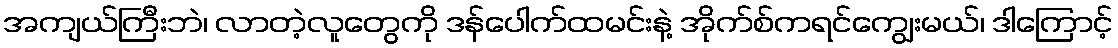
အကျယ်ကြီးဘဲ၊ လာတဲ့လူတွေကို ဒန်ပေါက်ထမင်းနဲ့ အိုက်စ်ကရင်ကျွေးမယ်၊ ဒါကြောင့်